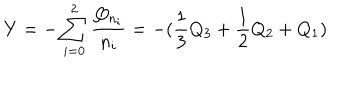
LaTeX: Y = - \sum _ { i = 0 } ^ { 2 } \frac { Q _ { n _ { i } } } { n _ { i } } = - ( \frac { 1 } { 3 } Q _ { 3 } + \frac { 1 } { 2 } Q _ { 2 } + Q _ { 1 } )